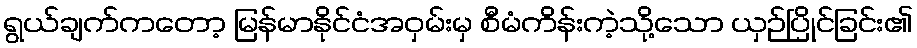
ရွယ်ချက်ကတော့ မြန်မာနိုင်ငံအဝှမ်းမှ စီမံကိန်းကဲ့သို့သော ယှဉ်ပြိုင်ခြင်း၏